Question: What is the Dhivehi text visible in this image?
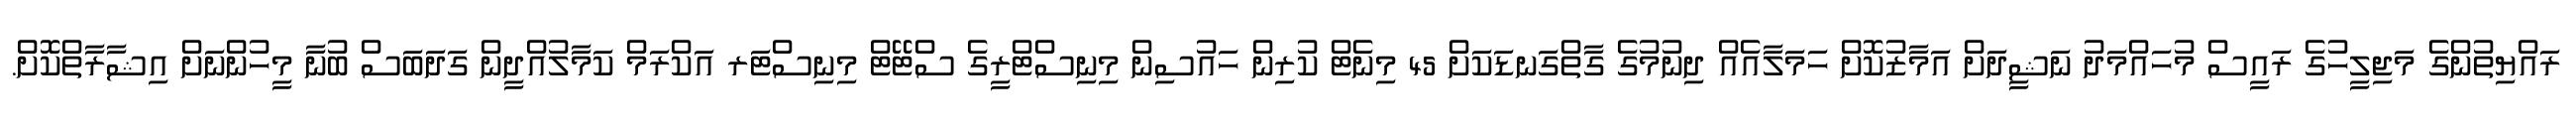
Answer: ރައްޔިތުންގެ މަޖިލީހުގެ ރައީސް މުހައްމަދު ނަޝީދަށް އަމާޒުކޮށް ހަމަލާއެއް ދިނުމުގެ ގާތްގަނޑަކަށް 45 މިނެޓް ކުރިން ހައުސިން މިނިސްޓްރީގެ ސްޓޭޓް މިނިސްޓަރ އަކްރަމް ކަމާލުއްދީން ގަދަބަސް ބުނާ މީހުންނަށް އިޝާރާތްކޮށް.